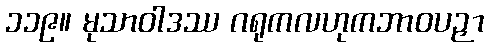
၁၁၉။ မုသာဝါဒဿ ဂရုကလဟုကဘာဝပဉှာ